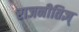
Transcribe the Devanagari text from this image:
राजनीतिज्ञ्